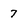
Character: 7